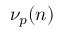
\nu _ { p } ( n )